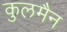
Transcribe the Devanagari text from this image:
कुलमैन